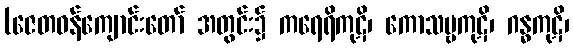
(ဇေတဝန်ကျောင်းတော် အတွင်း၌ ကရေရိကုဋိ၊ ကောသမ္ဗကုဋိ၊ ဂန္ဓကုဋိ၊